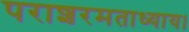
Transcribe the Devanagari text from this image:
पराशरमताध्याय।